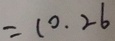
= 1 0 . 2 6